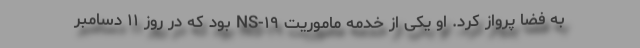
به فضا پرواز کرد. او یکی از خدمه ماموریت NS-۱۹ بود که در روز ۱۱ دسامبر